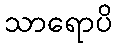
သာရောပိ